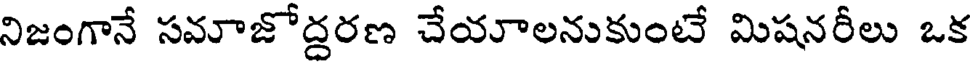
నిజంగానే సమాజోద్దరణ చేయాలనుకుంటే మిషనరీలు ఒక